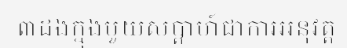
៣ដងក្នុងមួយសប្តាហ៍ជាការអនុវត្ត